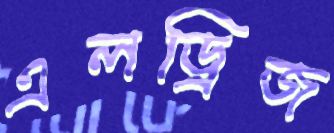
এলড্রিজ